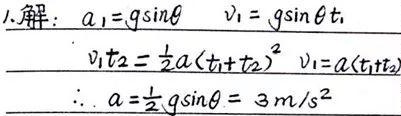
1. 解：已知 \(a_{1}=g\sin\theta\)，\(v_{1}=g\sin\theta t_{1}\)，\(v_{1}t_{2}=\frac{1}{2}a(t_{1}+t_{2})^{2}\)，\(v_{1}=a(t_{1}+t_{2})\)。
由此可得 \(a = \frac{1}{2}g\sin\theta = 3m/s^{2}\)。